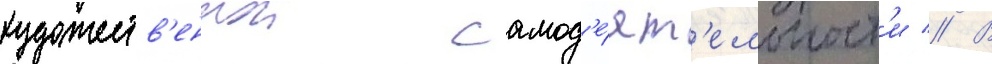
художеств'еннои самод'е́ят'ельност'и // В